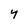
Character: 4